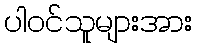
ပါဝင်သူများအား